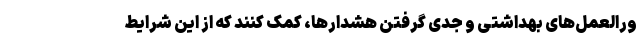
ورالعمل‌های بهداشتی و جدی گرفتن هشدارها، کمک کنند که از این شرایط